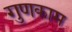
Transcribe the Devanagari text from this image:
गुणकाम